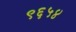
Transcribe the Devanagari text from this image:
९६५४